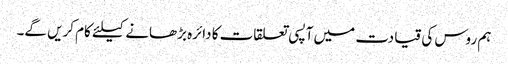
ہم روس کی قیادت میں آپسی تعلقات کا دائرہ بڑھانے کیلئے کام کریں گے۔